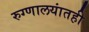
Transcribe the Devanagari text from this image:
रुग्णालयांतही